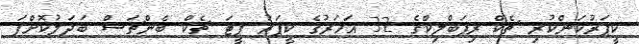
ކީޕަރުކަންކުރި ޗެކް ރިޕަބްލިކްގެ 32 އަހަރުގެ ކީޕަރު ޕީޓަ ޗެކް ބެންޗަސް ބަދަލުކޮށްފަ